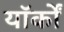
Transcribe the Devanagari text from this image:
यॉर्कों